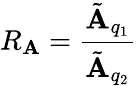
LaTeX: R_{\mathbf{A}}=\frac{{\tilde{{\mathbf{A}}}_{q_{1}}}}{{\tilde{{\mathbf{A}}}_{q_{2}}}}